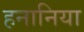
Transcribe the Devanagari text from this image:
हनानिया